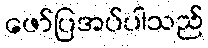
ဖော်ပြအပ်ပါသည်